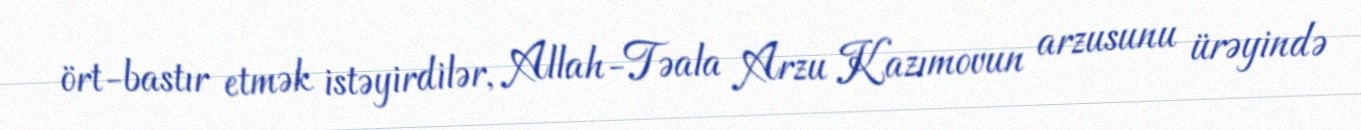
ört-bastır etmək istəyirdilər, Allah-Təala Arzu Kazımovun arzusunu ürəyində